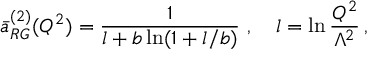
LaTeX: \bar { a } _ { R G } ^ { ( 2 ) } ( Q ^ { 2 } ) = \frac { 1 } { l + b \ln ( 1 + l / b ) } ~ , \quad l = \ln \frac { Q ^ { 2 } } { \Lambda ^ { 2 } } \, ,